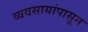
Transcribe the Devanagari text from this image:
व्यवसायांपासून